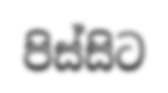
පිස්සිට